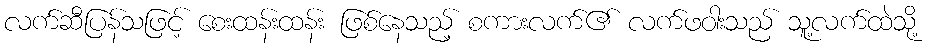
လက်ဆီပြန်သဖြင့် စေးထန်းထန်း ဖြစ်နေသည့် စကားလက်၏ လက်ဖဝါးသည် သူ့လက်ထဲသို့